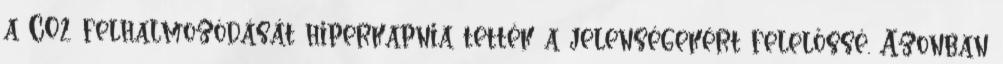
a CO2 felhalmozódását hiperkapnia tették a jelenségekért felelőssé. Azonban